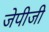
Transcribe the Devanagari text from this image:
जेपीजी